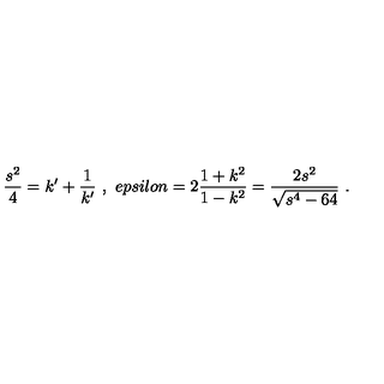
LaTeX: \frac { s ^ { 2 } } { 4 } = k ^ { \prime } + \frac { 1 } { k ^ { \prime } } \ , \ e p s i l o n = 2 \frac { 1 + k ^ { 2 } } { 1 - k ^ { 2 } } = \frac { 2 s ^ { 2 } } { \sqrt { s ^ { 4 } - 6 4 } } \ .